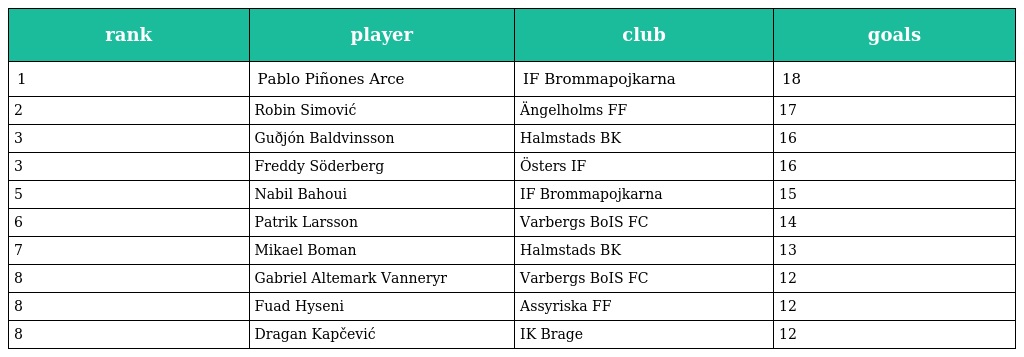
| rank | player | club | goals |
 | --- | --- | --- | --- |
 | 1 | Pablo Piñones Arce | IF Brommapojkarna | 18 |
 | 2 | Robin Simović | Ängelholms FF | 17 |
 | 3 | Guðjón Baldvinsson | Halmstads BK | 16 |
 | 3 | Freddy Söderberg | Östers IF | 16 |
 | 5 | Nabil Bahoui | IF Brommapojkarna | 15 |
 | 6 | Patrik Larsson | Varbergs BoIS FC | 14 |
 | 7 | Mikael Boman | Halmstads BK | 13 |
 | 8 | Gabriel Altemark Vanneryr | Varbergs BoIS FC | 12 |
 | 8 | Fuad Hyseni | Assyriska FF | 12 |
 | 8 | Dragan Kapčević | IK Brage | 12 |